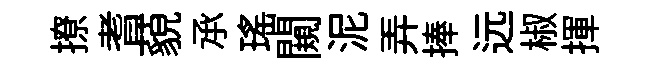
撩耆藐𠄘瑶闚泥弄捧远椒揮